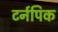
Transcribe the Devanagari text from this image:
टर्नपिक